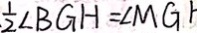
\frac { 1 } { 2 } \angle B G H = \angle M G